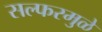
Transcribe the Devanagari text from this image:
सल्फरमुळे